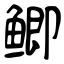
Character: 鲫